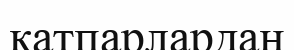
қатпарлардан